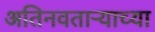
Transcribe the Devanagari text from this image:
अतिनवताऱ्याच्या